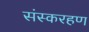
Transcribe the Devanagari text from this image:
संस्करहण